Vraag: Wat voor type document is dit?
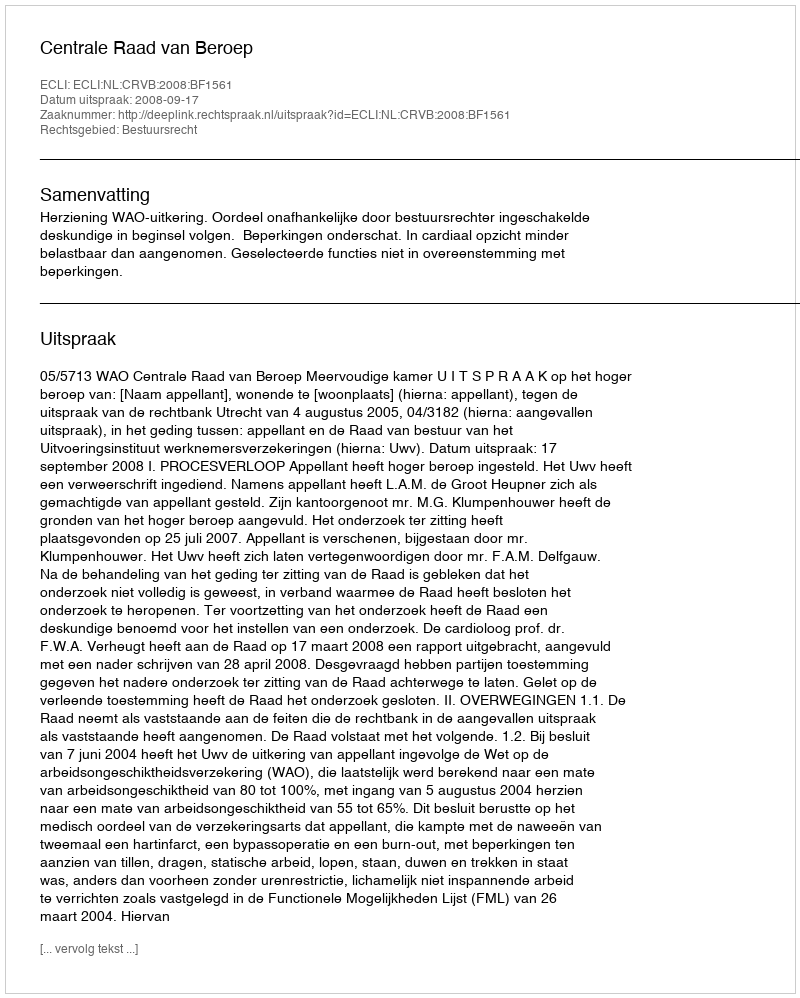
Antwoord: Uitspraak